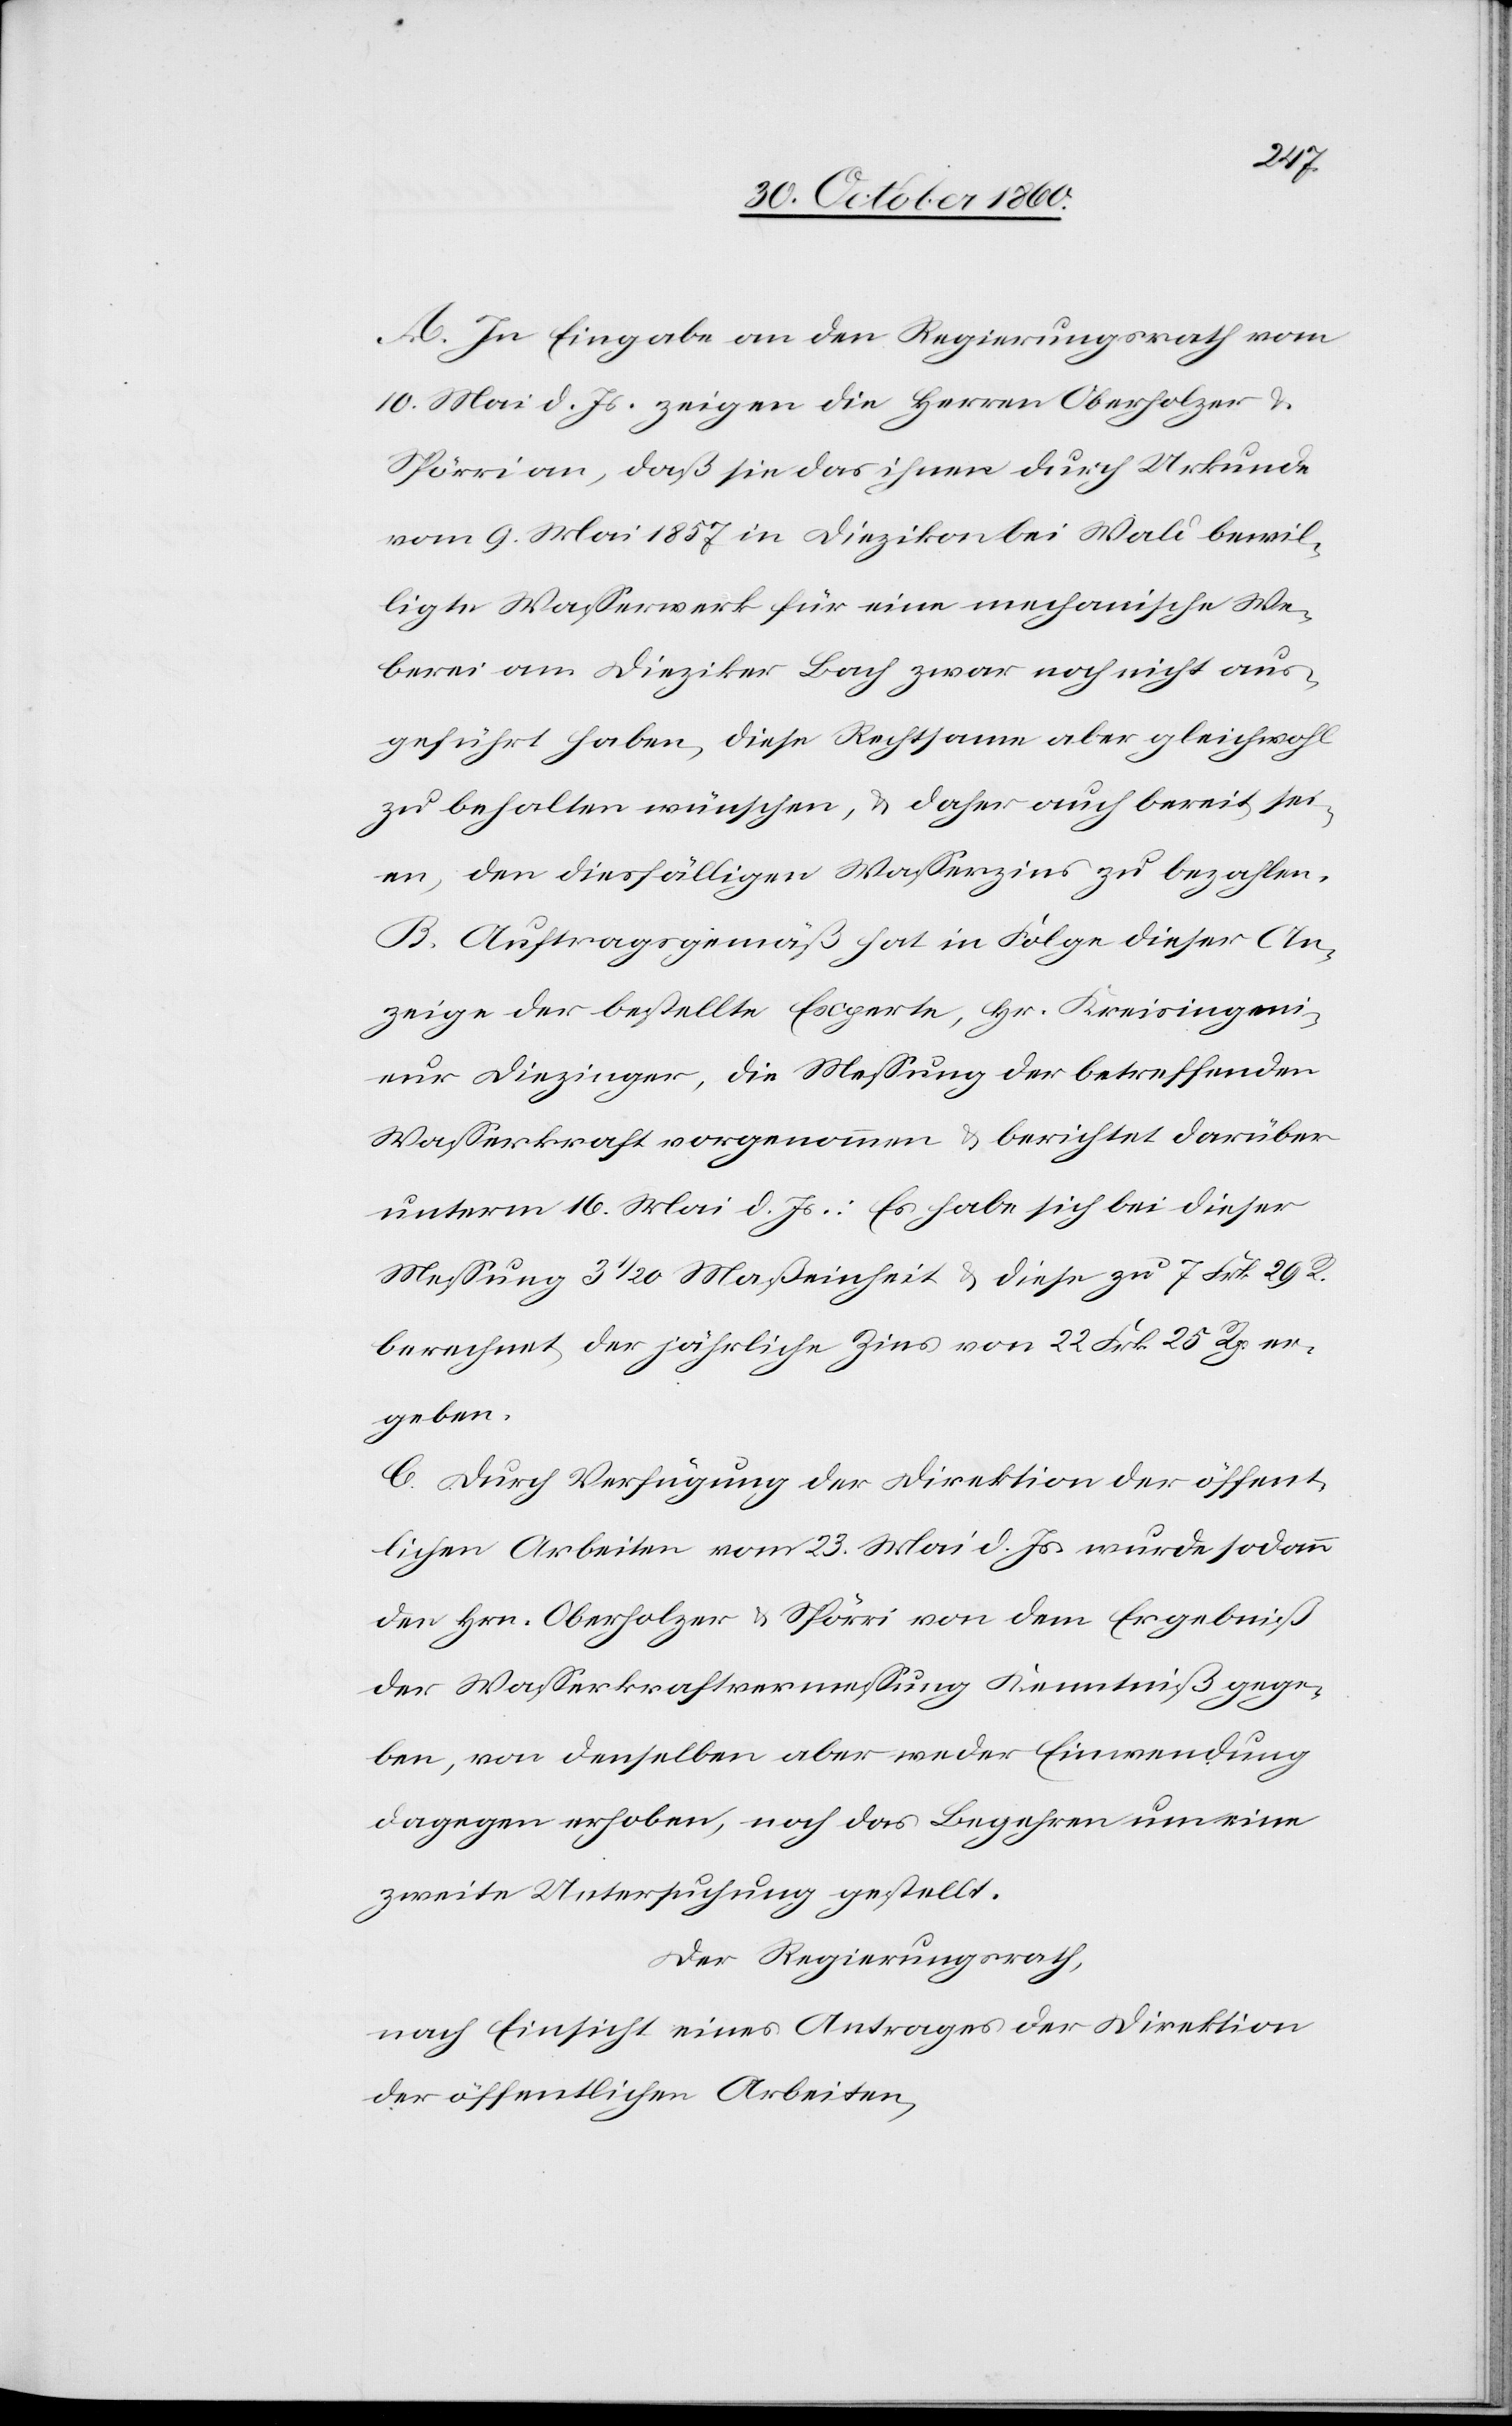
A. In Eingabe an den Regierungsrath vom
10. Mai d. Js. zeigen die Herren Oberholzer u.
Spörri an, daß sie das ihnen durch Urkunde
vom 9. Mai 1857 in Diezikon bei Wald bewil¬
ligte Wasserwerk für eine mechanische We¬
berei am Dieziker Bach zwar noch nicht aus¬
geführt haben, diese Rechtsame aber gleichwohl
zu behalten wünschen, u. daher auch bereit sei¬
en, den diesfälligen Wasserzins zu bezahlen.
B. Auftragsgemäß hat in Folge dieser An¬
zeige der bestellte Experte, Hr. Kreisingeni¬
eur Diezinger, die Messung der betreffenden
Wasserkraft vorgenommen u. berichtet darüber
unterm 16. Mai d. Js.: Es habe sich bei dieser
Messung 3 1/20 Maßeinheit u. diese zu 7 Frk. 29 R.
berechnet, der jährliche Zins von 22 Frk. 25 Rp. er¬
geben.
C. Durch Verfügung der Direktion der öffent¬
lichen Arbeiten vom 23. Mai d. Js. wurde sodann
den Hrn. Oberholzer u. Spörri von dem Ergebniß
der Wasserkraftvermessung Kenntniß gege¬
ben, von denselben aber weder Einwendung
dagegen erhoben, noch das Begehren um eine
zweite Untersuchung gestellt.
Der Regierungsrath,
nach Einsicht eines Antrages der Direktion
der öffentlichen Arbeiten,